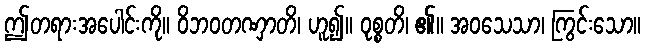
ဤတရားအပေါင်းကို။ ဝိဘဝတဏှာတိ၊ ဟူ၍။ ဝုစ္စတိ၊ ၏။ အဝသေသာ၊ ကြွင်းသော။